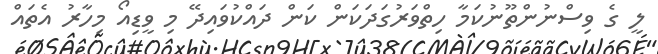
ލީ ގެ ވިސްނުންތޫނުކަމާ ހިތްވަރުގަދަކަން ކަން ދައްކުވައިދޭ މި ވީޑިއޯ މިހާރު އެތައް